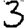
Digit: 3